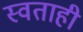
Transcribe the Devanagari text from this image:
स्वताही